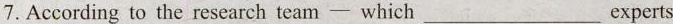
7.According to the research team —which___experts